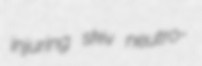
injuring skiv neutro-